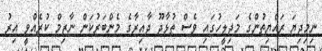
ނިމިދިޔަ ރައްޔިތުންގެ މަޖިލީހުގައި ވެސް ތުޅާދޫ ދާއިރާގެ މެންބަރުކަން ނާޒިމް ކުރެއްވީ އިރު